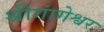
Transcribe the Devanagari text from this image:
श्रीगांगेश्वर